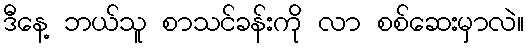
ဒီနေ့ ဘယ်သူ စာသင်ခန်းကို လာ စစ်ဆေးမှာလဲ။